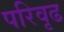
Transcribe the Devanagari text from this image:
परिवृढ